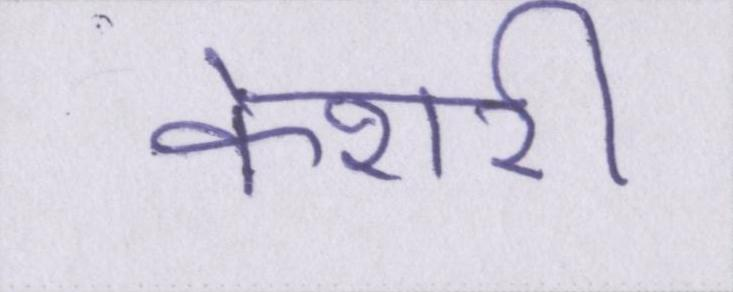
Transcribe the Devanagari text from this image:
केशरी